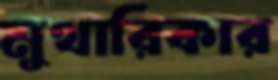
মুথারিকার